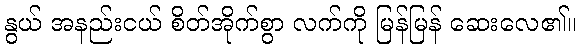
နွယ် အနည်းငယ် စိတ်အိုက်စွာ လက်ကို မြန်မြန် ဆေးလေ၏။